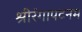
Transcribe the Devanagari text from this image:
श्रीरंगापटनम